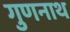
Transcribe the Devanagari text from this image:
गुणनाथ